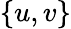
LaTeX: \{ u,v\}